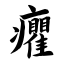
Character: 癯